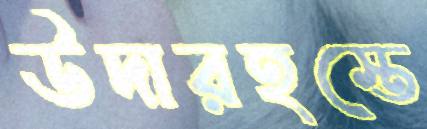
উদারহস্তে